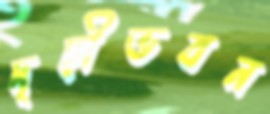
দৃঢ়ীভবন